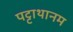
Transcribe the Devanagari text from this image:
पट्टाथानम